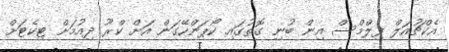
އެކްޗުއަލް ފިލްމްސް އިން ބުނި ގޮތުގައި ކޯޕަންހޭގަން އަށް ކްރޫ ދިއުމަށް ޓިކެޓަށް